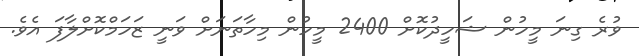
ވުރެ ގިނަ މީހުން ޝަހީދުކޮށް 2400 މީހުން މިހާތަނަށް ވަނީ ޒަހަމްކޮށްލާފަ އެވެ.